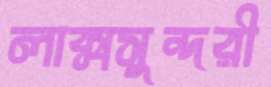
লাক্সসুন্দরী